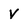
Character: V